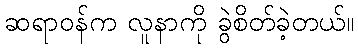
ဆရာဝန်က လူနာကို ခွဲစိတ်ခဲ့တယ်။